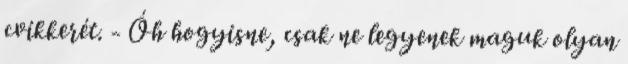
cvikkerét. - Óh hogyisne, csak ne legyenek maguk olyan